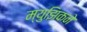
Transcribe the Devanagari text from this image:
म्युझिकने